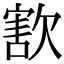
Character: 𣣶